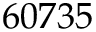
6 0 7 3 5